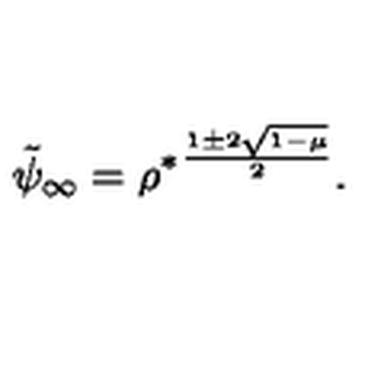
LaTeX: \tilde { \psi } _ { \infty } = { \rho ^ { * } } ^ { \frac { 1 \pm 2 \sqrt { 1 - \mu } } { 2 } } .